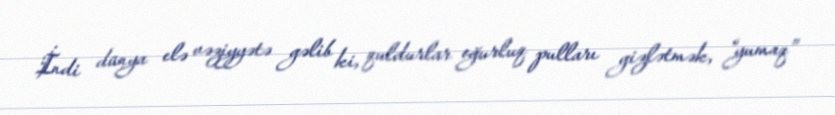
İndi dünya elə vəziyyətə gəlib ki, quldurlar oğurluq pulları gizlətmək, “yumaq”